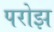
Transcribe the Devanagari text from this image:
परोझ